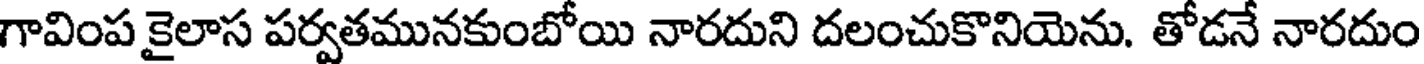
గావింప కైలాస పర్వతమునకుంబోయి నారదుని దలంచుకొనియెను. తోడనే నారదుం